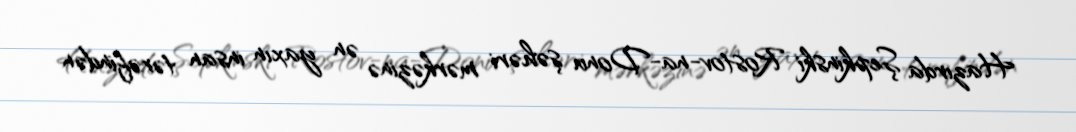
Hazırda Şepkinski Rostov-na-Donu şəhəri mərkəzinə ən yaxın insan tərəfindən